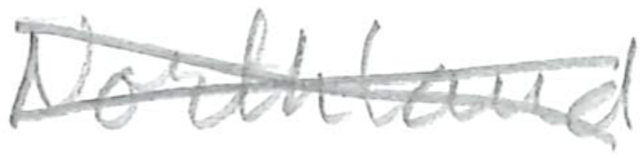
Text: Northland
Cross-out: cross
Writing tool: pencil